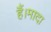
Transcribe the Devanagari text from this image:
हैं।मादा